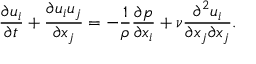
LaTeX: { \frac { \partial u _ { i } } { \partial t } } + { \frac { \partial u _ { i } u _ { j } } { \partial x _ { j } } } = - { \frac { 1 } { \rho } } { \frac { \partial p } { \partial x _ { i } } } + \nu { \frac { \partial ^ { 2 } u _ { i } } { \partial x _ { j } \partial x _ { j } } } .